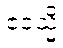
ဧဝသ္မိ